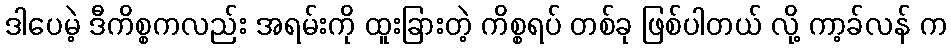
ဒါပေမဲ့ ဒီကိစ္စကလည်း အရမ်းကို ထူးခြားတဲ့ ကိစ္စရပ် တစ်ခု ဖြစ်ပါတယ် လို့ ကာ့ခ်လန် က